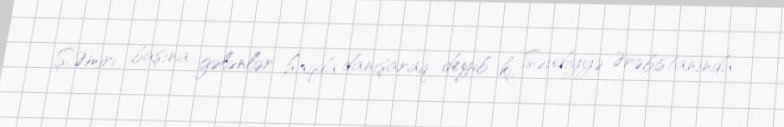
Ş.Əmiri başına gələnlər haqda danışaraq deyib ki, Səudiyyə Ərəbistanında